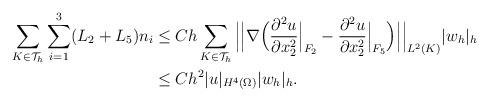
LaTeX: \begin{align*} \sum_{K\in\mathcal{T}_h}\sum_{i=1}^3(L_2+L_5)n_i&\leq Ch\sum_{K\in\mathcal{T}_h}\Big|\Big|\nabla\Big(\frac{\partial^2 u}{\partial x_2^2}\Big|_{F_2}-\frac{\partial^2 u}{\partial x_2^2}\Big|_{F_5}\Big)\Big|\Big|_{L^2(K)}|w_h|_h\\&\leq Ch^2|u|_{H^4(\Omega)}|w_h|_h.\end{align*}